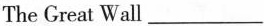
The Great Wall ___